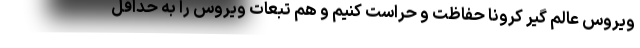
ویروس عالم گیر کرونا حفاظت و حراست کنیم و هم تبعات ویروس را به حداقل